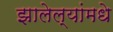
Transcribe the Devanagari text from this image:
झालेल्यांमधे